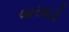
બારસાડી